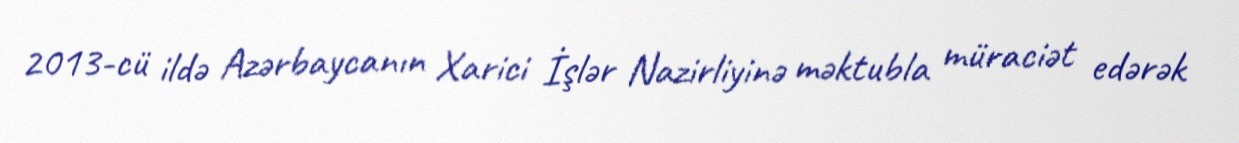
2013-cü ildə Azərbaycanın Xarici İşlər Nazirliyinə məktubla müraciət edərək